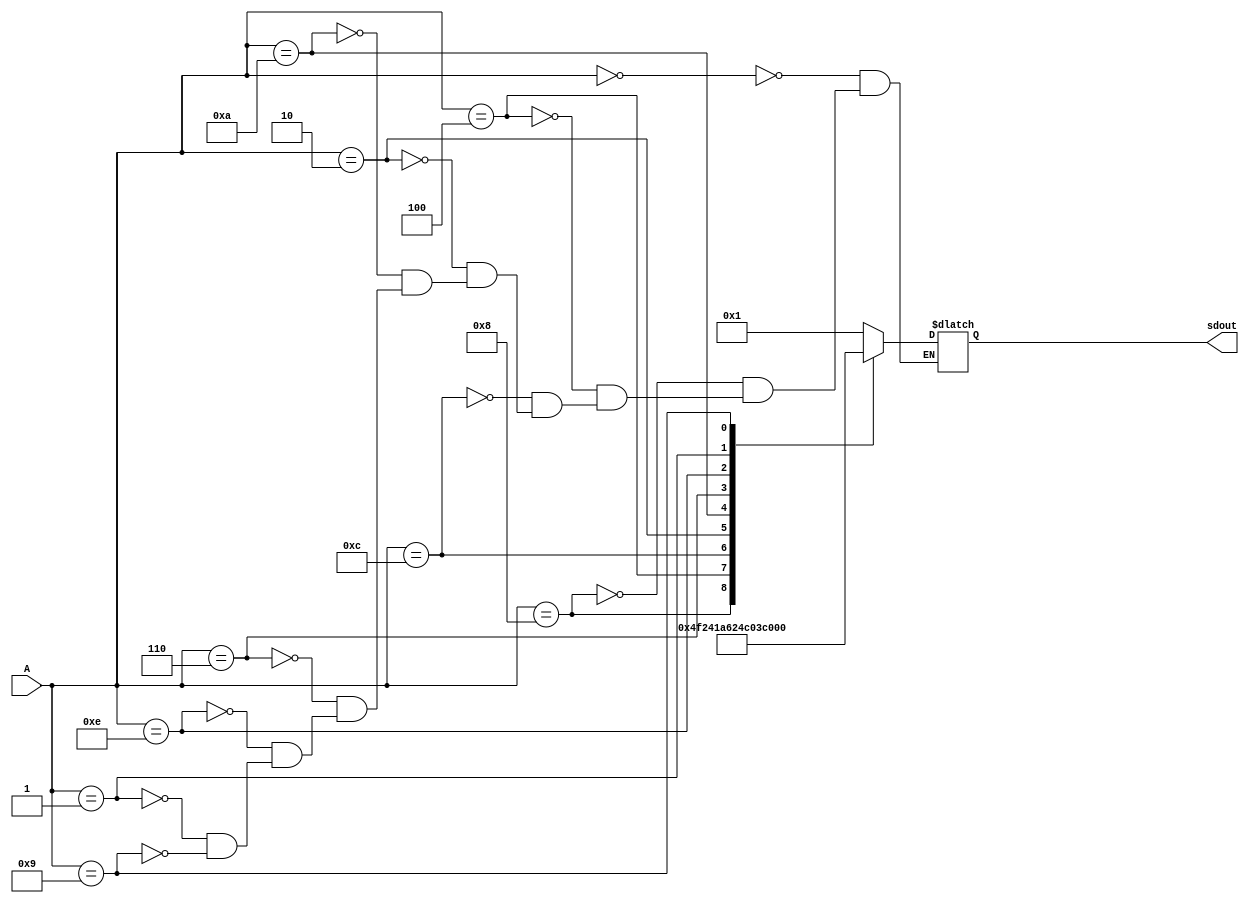
module BCD_to_7_Segment_Decoder
  (output reg [0:6] sdout,
   input [0:3] A);
   always@(A)
   case(A)
     4'b0000: sdout=7'b0000001;
     4'b1000: sdout=7'b1001111;
     4'b0100: sdout=7'b0010010;
     4'b1100: sdout=7'b0000110;
     4'b0010: sdout=7'b1001100;
     4'b1010: sdout=7'b0100100;
     4'b0110: sdout=7'b1100000;
     4'b1110: sdout=7'b0001111;
     4'b0001: sdout=7'b0000000;
     4'b1001: sdout=7'b0001100;
   endcase
 endmodule